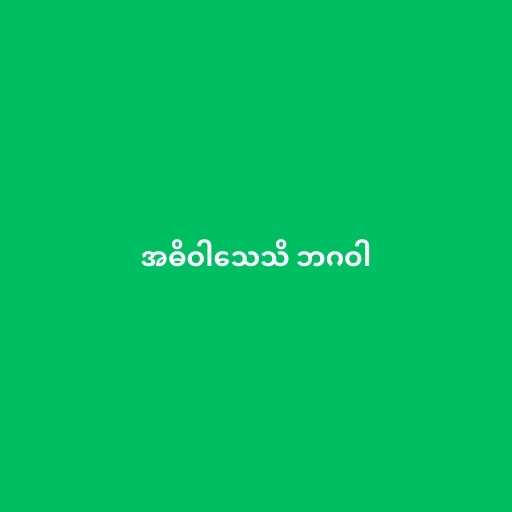
အဓိဝါသေသိ ဘဂဝါ